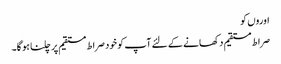
اوروں کو
صراط مستقیم دکھانے کے لئے آپ کو خود صراط مستقیم پر چلنا ہو گا۔